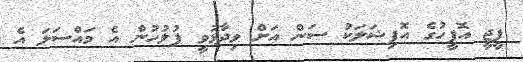
ޕީޖީ އޮފީހުގެ އޮފިޝަލަކު ސަން އަށް ވިދާޅުވީ ފުލުހުން އެ މައްސަލަ އެ